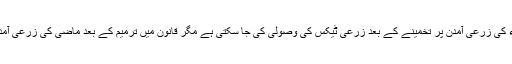
درخواست میں مزید کہا گیا ہے کہ ترمیم کے بعد 2014ء کی زرعی آمدن پر تخمینے کے بعد زرعی ٹیکس کی وصولی کی جا سکتی ہے مگر قانون میں ترمیم کے بعد ماضی کی زرعی آمدن پر ٹیکس وصولی کا کوئی طریقہ کار بھی نہیں بتایا گیا۔